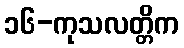
၁၆-ကုသလတ္တိက